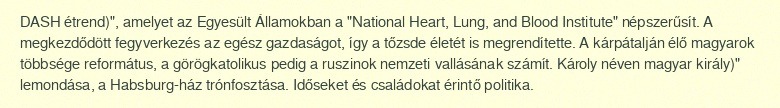
DASH étrend)", amelyet az Egyesült Államokban a "National Heart, Lung, and Blood Institute" népszerűsít. A megkezdődött fegyverkezés az egész gazdaságot, így a tőzsde életét is megrendítette. A kárpátalján élő magyarok többsége református, a görögkatolikus pedig a ruszinok nemzeti vallásának számít. Károly néven magyar király)" lemondása, a Habsburg-ház trónfosztása. Időseket és családokat érintő politika.